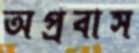
অপ্রবাস